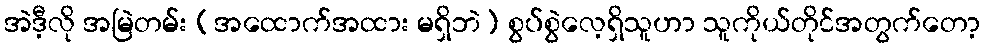
အဲဒီ့လို အမြဲတမ်း (အထောက်အထား မရှိဘဲ) စွပ်စွဲလေ့ရှိသူဟာ သူကိုယ်တိုင်အတွက်တော့